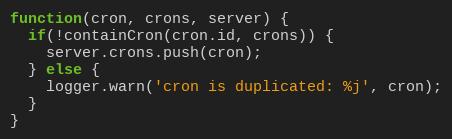
Language: JavaScript
function(cron, crons, server) {
  if(!containCron(cron.id, crons)) {
    server.crons.push(cron);
  } else {
    logger.warn('cron is duplicated: %j', cron);
  }
}